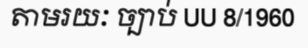
តាមរយៈ ច្បាប់ UU 8/1960